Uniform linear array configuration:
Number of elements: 48
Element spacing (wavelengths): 1
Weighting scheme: kaiser
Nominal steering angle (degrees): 0
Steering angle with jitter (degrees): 0.3404
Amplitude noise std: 0.05
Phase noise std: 0.05

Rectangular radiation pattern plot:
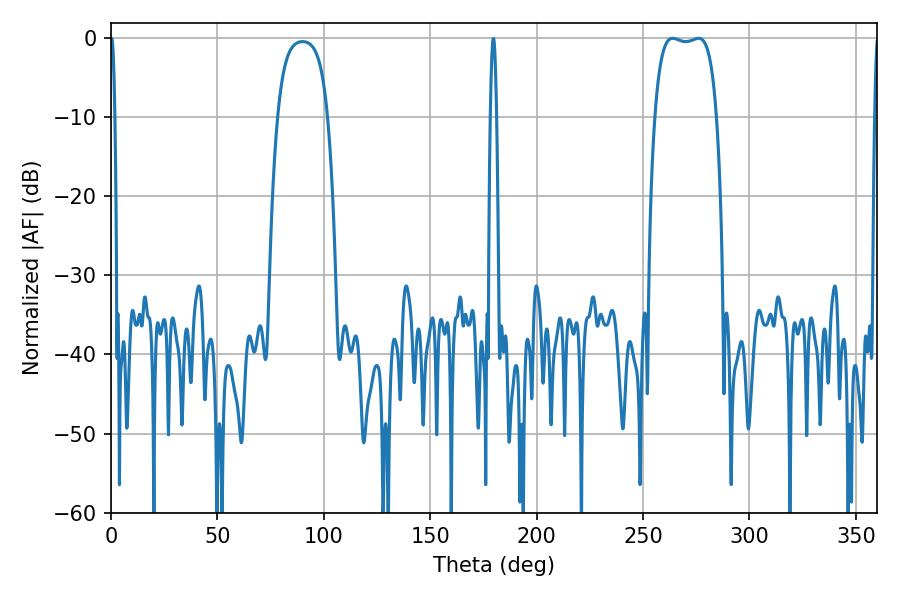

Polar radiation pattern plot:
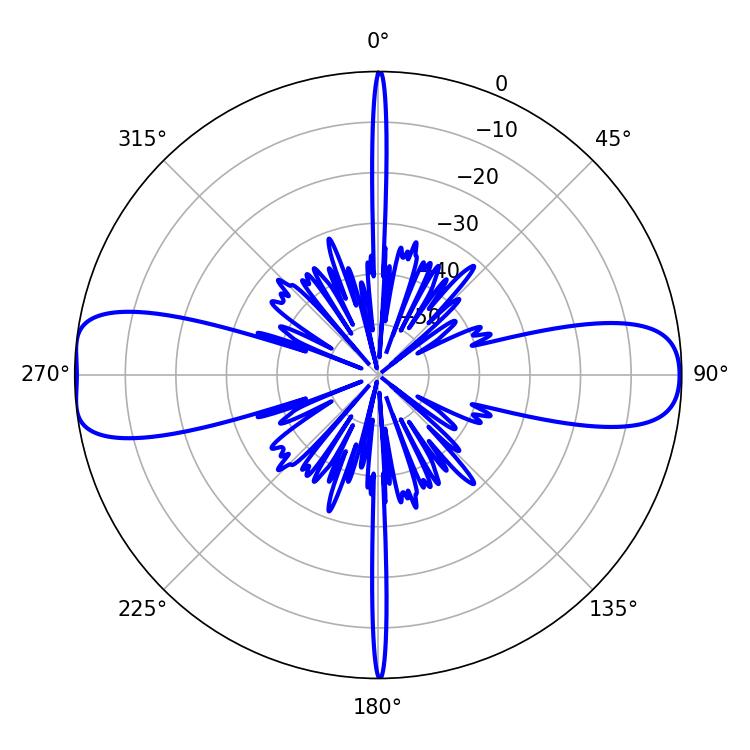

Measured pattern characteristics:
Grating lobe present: TRUE
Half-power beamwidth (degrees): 23.04
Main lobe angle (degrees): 263.88